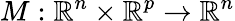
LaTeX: M:\mathbb{R}^{n}\times\mathbb{R}^{p}\rightarrow\mathbb{R}^{n}